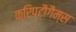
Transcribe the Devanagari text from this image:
क्रिप्टौगैम्स